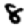
Digit: 8